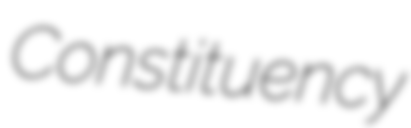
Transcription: Constituency